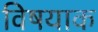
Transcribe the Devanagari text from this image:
विषयाक